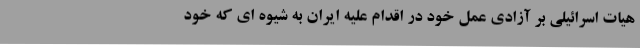
هیات اسرائیلی بر آزادی عمل خود در اقدام علیه ایران به شیوه ای که خود